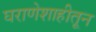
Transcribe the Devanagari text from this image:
घराणेशाहीतून